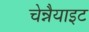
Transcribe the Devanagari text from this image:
चेन्नैयाइट